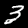
Digit: 3